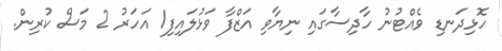
ހޮޅިދަނޑި ވެއްޓުނު ހާދިސާގައި ނިޔާވި އަޒްފާ ވަޅުލައިފި1 އަހަރު 2 މަސް ކުރިން.